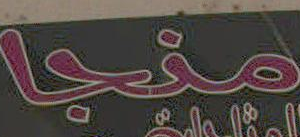
منجا